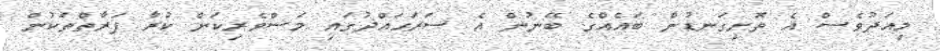
މިއަދުވެސް އެ ތޮށިގަނޑުން ބައެއްގެ ބޭނުން އެ ސަރަހައްދުގައި މަސްވެރިކަން ކުރާ ފަރާތްތަކުން